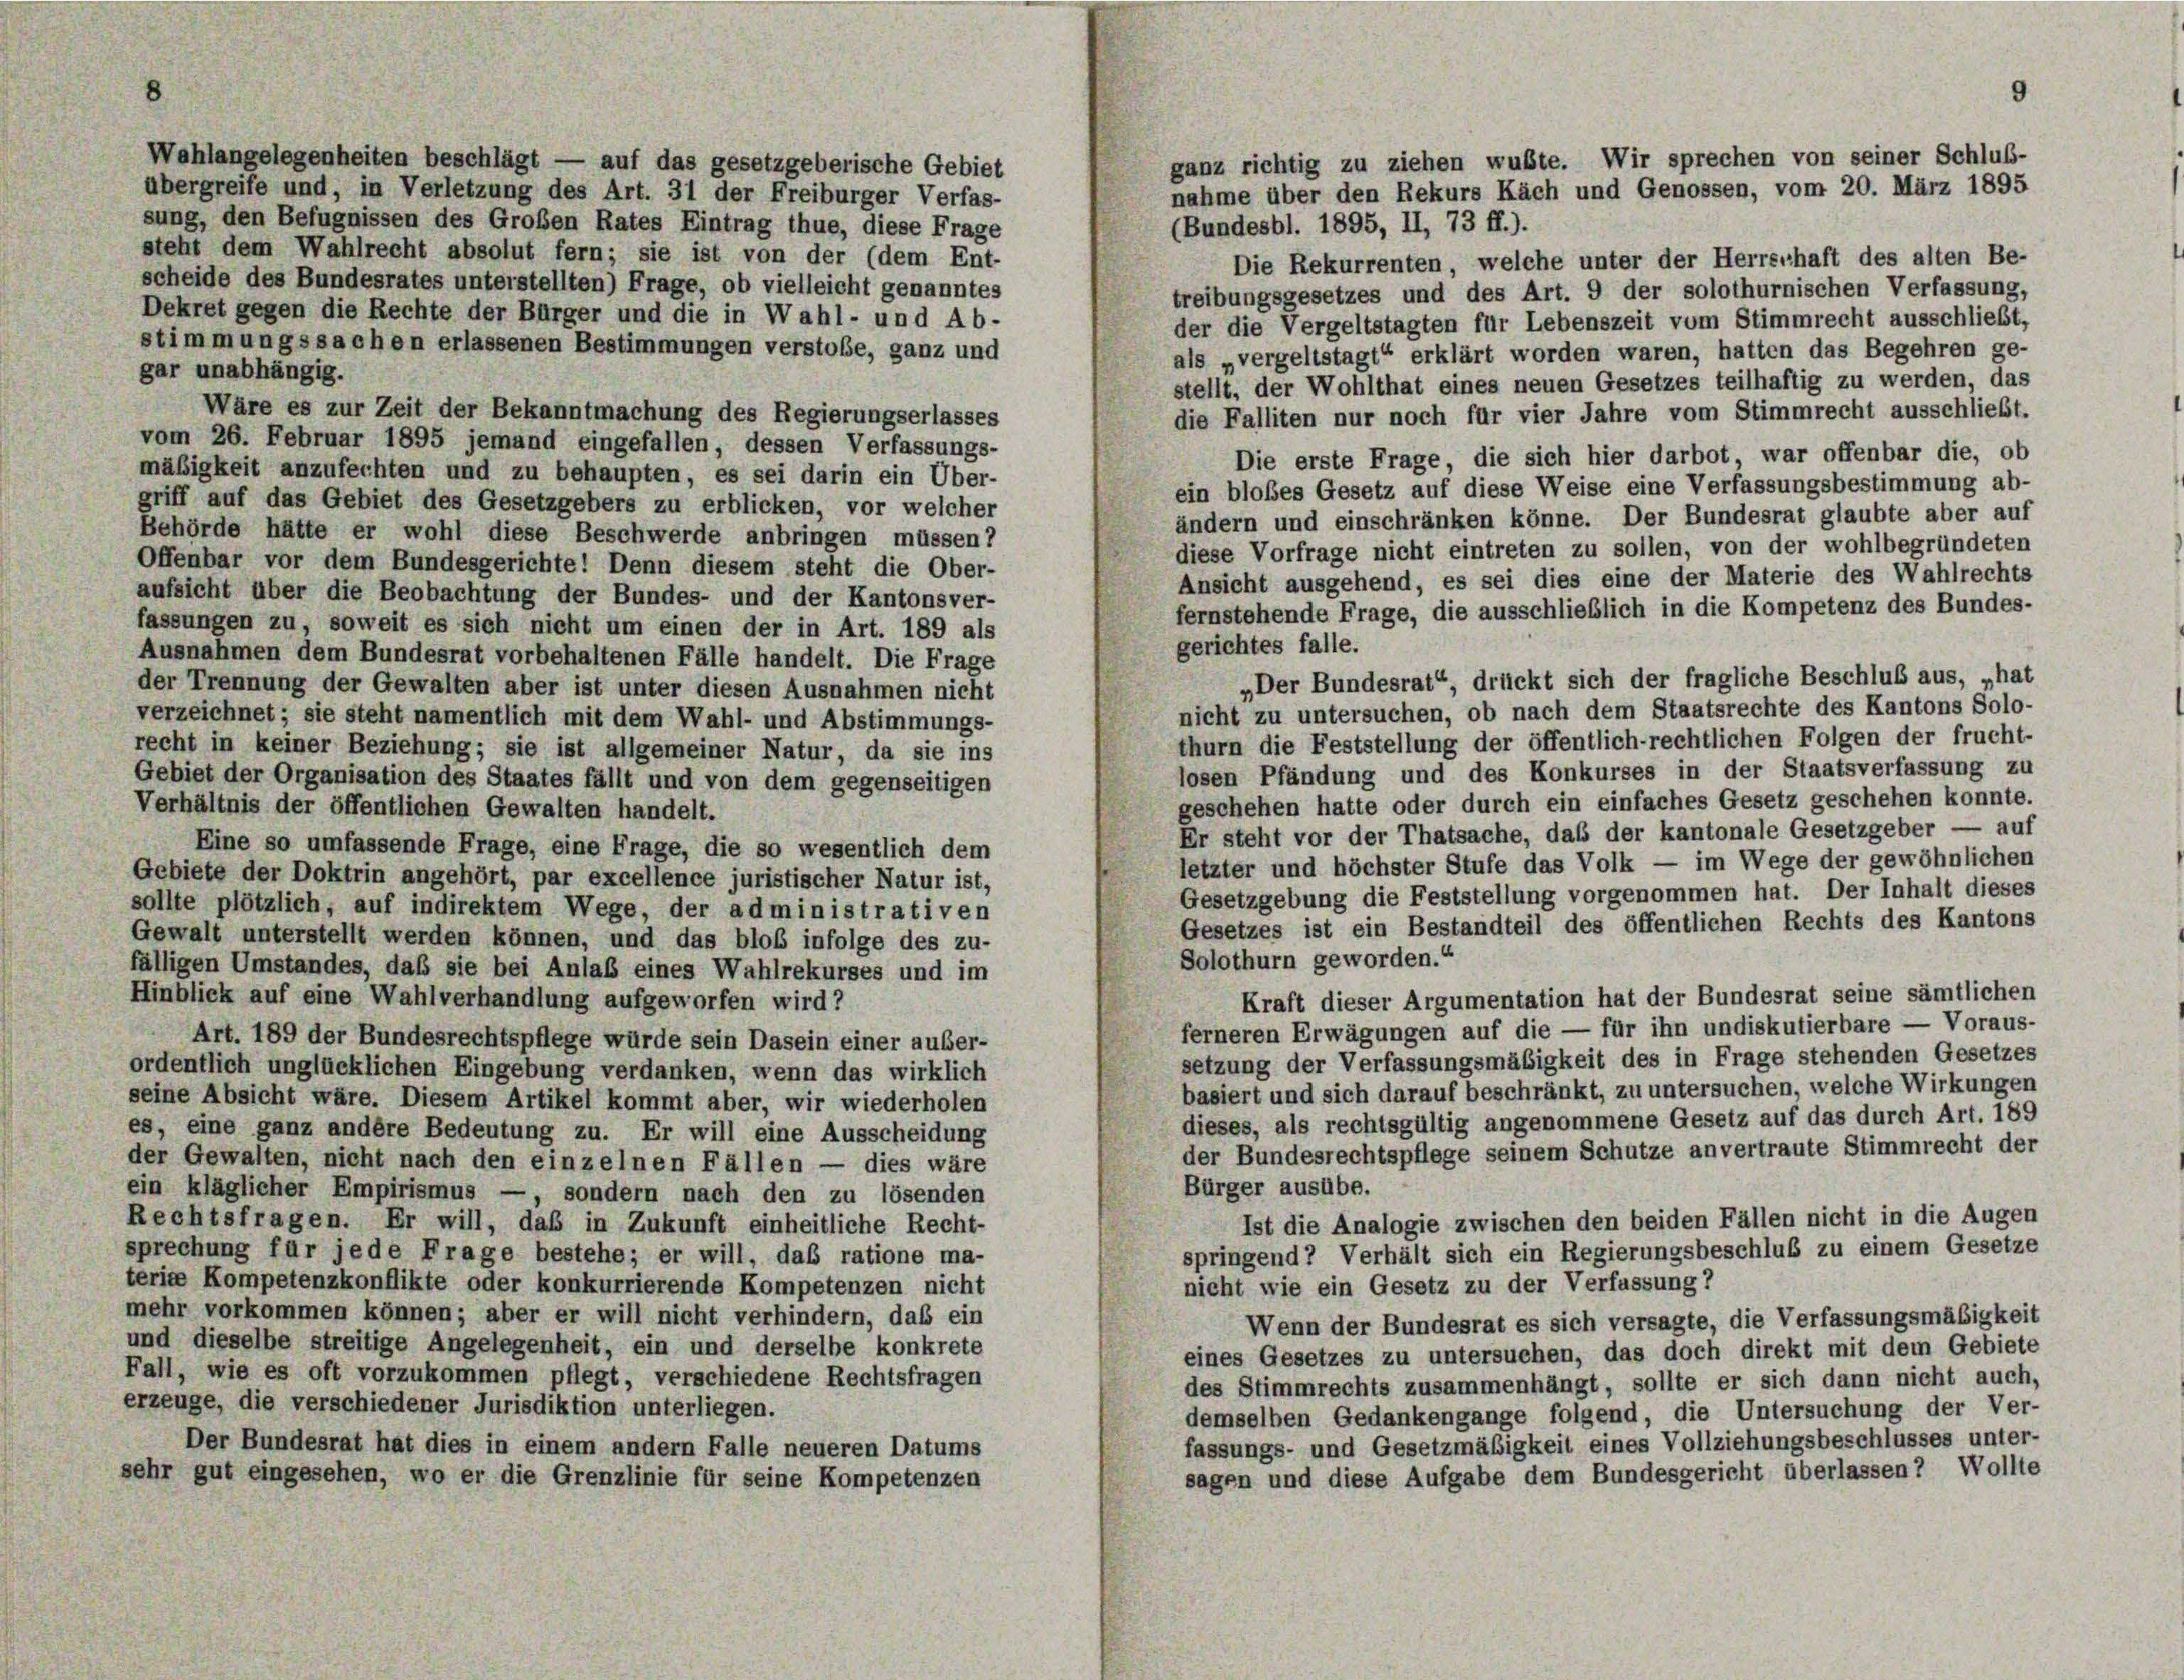
Wahlangelegenheiten beschlägt — auf das gesetzgeberische Gebiet
übergreife und, in Verletzung des Art. 31 der Freiburger Verfas-
sung, den Befugnissen des Großen Rates Eintrag thue, diese Frage
(Bundesbl. 1895, II, 73 ff.).
steht dem Wahlrecht absolut fern; sie ist von der (dem Ent-
Die Rekurrenten, welche unter der Herrschaft des alten Be-
scheide des Bundesrates unterstellten) Frage, ob vielleicht genanntes
treibungsgesetzes und des Art. 9 der solothurnischen Verfassung,
Dekret gegen die Rechte der Bürger und die in Wahl- und Ab-
der die Vergeltstagten für Lebenszeit vom Stimmrecht ausschließt,
stimmungssachen erlassenen Bestimmungen verstoße, ganz und
als „vergeltstagt“ erklärt worden waren, hatten das Begehren ge-
gar unabhängig.
stellt, der Wohlthat eines neuen Gesetzes teilhaftig zu werden, das
Wäre es zur Zeit der Bekanntmachung des Regierungserlasses
die Falliten nur noch für vier Jahre vom Stimmrecht ausschließt.
vom 26. Februar 1895 jemand eingefallen, dessen Verfassungs-
Die erste Frage, die sich hier darbot, war offenbar die, ob
mäßigkeit anzufechten und zu behaupten, es sei darin ein Über-
ein bloßes Gesetz auf diese Weise eine Verfassungsbestimmung ab-
griff auf das Gebiet des Gesetzgebers zu erblicken, vor welcher
ändern und einschränken könne. Der Bundesrat glaubte aber auf
Behörde hätte er wohl diese Beschwerde anbringen müssen?
diese Vorfrage nicht eintreten zu sollen, von der wohlbegründeten
Offenbar vor dem Bundesgerichte! Denn diesem steht die Ober-
Ansicht ausgehend, es sei dies eine der Materie des Wahlrechts
aufsicht über die Beobachtung der Bundes- und der Kantonsver-
fernstehende Frage, die ausschließlich in die Kompetenz des Bundes-
fassungen zu, soweit es sich nicht um einen der in Art. 189 als
gerichtes falle.
Ausnahmen dem Bundesrat vorbehaltenen Fälle handelt. Die Frage
„Der Bundesrat“, drückt sich der fragliche Beschluß aus, „hat
der Trennung der Gewalten aber ist unter diesen Ausnahmen nicht
nicht zu untersuchen, ob nach dem Staatsrechte des Kantons Solo-
verzeichnet; sie steht namentlich mit dem Wahl- und Abstimmungs-
thurn die Feststellung der öffentlich-rechtlichen Folgen der frucht-
recht in keiner Beziehung; sie ist allgemeiner Natur, da sie ins
losen Pfändung und des Konkurses in der Staatsverfassung zu
Gebiet der Organisation des Staates fällt und von dem gegenseitigen
geschehen hatte oder durch ein einfaches Gesetz geschehen konnte.
Verhältnis der öffentlichen Gewalten handelt.
Er steht vor der Thatsache, daß der kantonale Gesetzgeber — auf
Eine so umfassende Frage, eine Frage, die so wesentlich dem
letzter und höchster Stufe das Volk — im Wege der gewöhnlichen
Gebiete der Doktrin angehört, par excellence juristischer Natur ist,
Gesetzgebung die Feststellung vorgenommen hat. Der Inhalt dieses
sollte plötzlich, auf indirektem Wege, der administrativen
Gesetzes ist ein Bestandteil des öffentlichen Rechts des Kantons
Gewalt unterstellt werden können, und das bloß infolge des zu-
Solothurn geworden.“
fälligen Umstandes, daß sie bei Anlaß eines Wahlrekurses und im
Hinblick auf eine Wahlverhandlung aufgeworfen wird?
Kraft dieser Argumentation hat der Bundesrat seine sämtlichen
ferneren Erwägungen auf die — für ihn undiskutierbare — Voraus-
Art. 189 der Bundesrechtspflege würde sein Dasein einer außer-
setzung der Verfassungsmäßigkeit des in Frage stehenden Gesetzes
ordentlich unglücklichen Eingebung verdanken, wenn das wirklich
basiert und sich darauf beschränkt, zu untersuchen, welche Wirkungen
seine Absicht wäre. Diesem Artikel kommt aber, wir wiederholen
dieses, als rechtsgültig angenommene Gesetz auf das durch Art. 189
es, eine ganz andere Bedeutung zu. Er will eine Ausscheidung
der Bundesrechtspflege seinem Schutze anvertraute Stimmrecht der
der Gewalten, nicht nach den einzelnen Fällen — dies wäre
Bürger ausübe.
ein kläglicher Empirismus —, sondern nach den zu lösenden
Ist die Analogie zwischen den beiden Fällen nicht in die Augen
Rechtsfragen. Er will, daß in Zukunft einheitliche Recht-
springend? Verhält sich ein Regierungsbeschluß zu einem Gesetze
sprechung für jede Frage bestehe; er will, das ratione ma-
terige Kompetenzkonflikte oder konkurrierende Kompetenzen nicht
nicht wie ein Gesetz zu der Verfassung?
mehr vorkommen können; aber er will nicht verhindern, daß ein
Wenn der Bundesrat es sich versagte, die Verfassungsmäßigkeit
und dieselbe streitige Angelegenheit, ein und derselbe konkrete
eines Gesetzes zu untersuchen, das doch direkt mit dem Gebiete
Fall, wie es oft vorzukommen pflegt, verschiedene Rechtsfragen
des Stimmrechts zusammenhängt, sollte er sich dann nicht auch,
erzeuge, die verschiedener Jurisdiktion unterliegen.
demselben Gedankengange folgend, die Untersuchung der Ver-
fassungs- und Gesetzmäßigkeit eines Vollziehungsbeschlusses unter-
Der Bundesrat hat dies in einem andern Falle neueren Datums
sagen und diese Aufgabe dem Bundesgericht überlassen? Wollte
sehr gut eingesehen, wo er die Grenzlinie für seine Kompetenzen

9
ganz richtig zu ziehen wußte. Wir sprechen von seiner Schluß-
nahme über den Rekurs Käch und Genossen, vom 20. März 1895